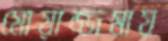
মোয়াজ্জমায়